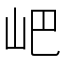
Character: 𡵟